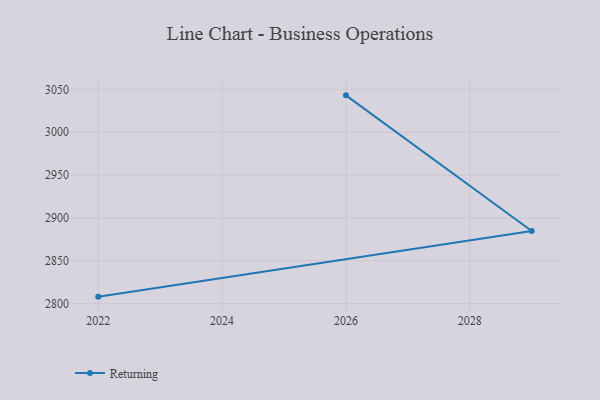
{"axis": {"x": "Year", "y": "Churn Rate (%)"}, "legend": ["Returning"], "data": [{"x": "2022", "y": 2808.1, "type": "Returning"}, {"x": "2029", "y": 2884.7, "type": "Returning"}, {"x": "2026", "y": 3043.1, "type": "Returning"}]}